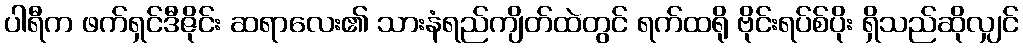
ပါရီက ဖက်ရှင်ဒီဇိုင်း ဆရာလေး၏ သားနံရည်ကျိတ်ထဲတွင် ရက်ထရို ဗိုင်းရပ်စ်ပိုး ရှိသည်ဆိုလျှင်